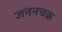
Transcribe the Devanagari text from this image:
जननचक्र